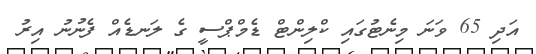
އަދި 65 ވަނަ މިނެޓުގައި ކްލިންޓް ޑެމްޕްސީ ގެ ލަނޑެއް ފެނުނު އިރު